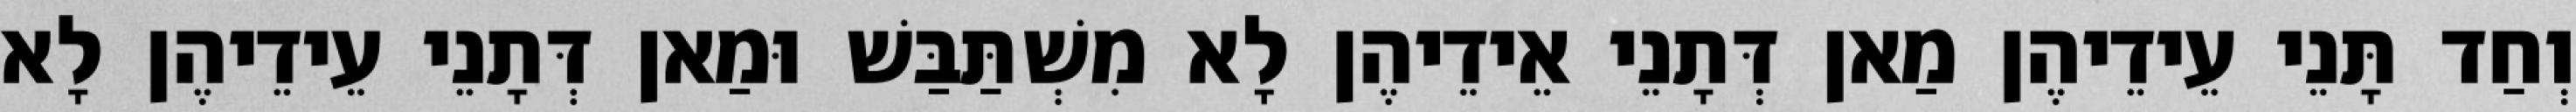
וְחַד תָּנֵי עֵידֵיהֶן מַאן דְּתָנֵי אֵידֵיהֶן לָא מִשְׁתַּבַּשׁ וּמַאן דְּתָנֵי עֵידֵיהֶן לָא